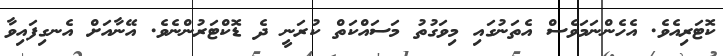
ކޮޓަރިއެވެ. އެހެންނަމަވެސް އެތަނުގައި މިވަގުތު މަސައްކަތް ކުރަނީ ދެ ޑޮކްޓަރުންނެވެ. އޭނާއަށް އެނގިފައިވާ